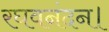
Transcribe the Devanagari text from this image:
रघवनंदन।